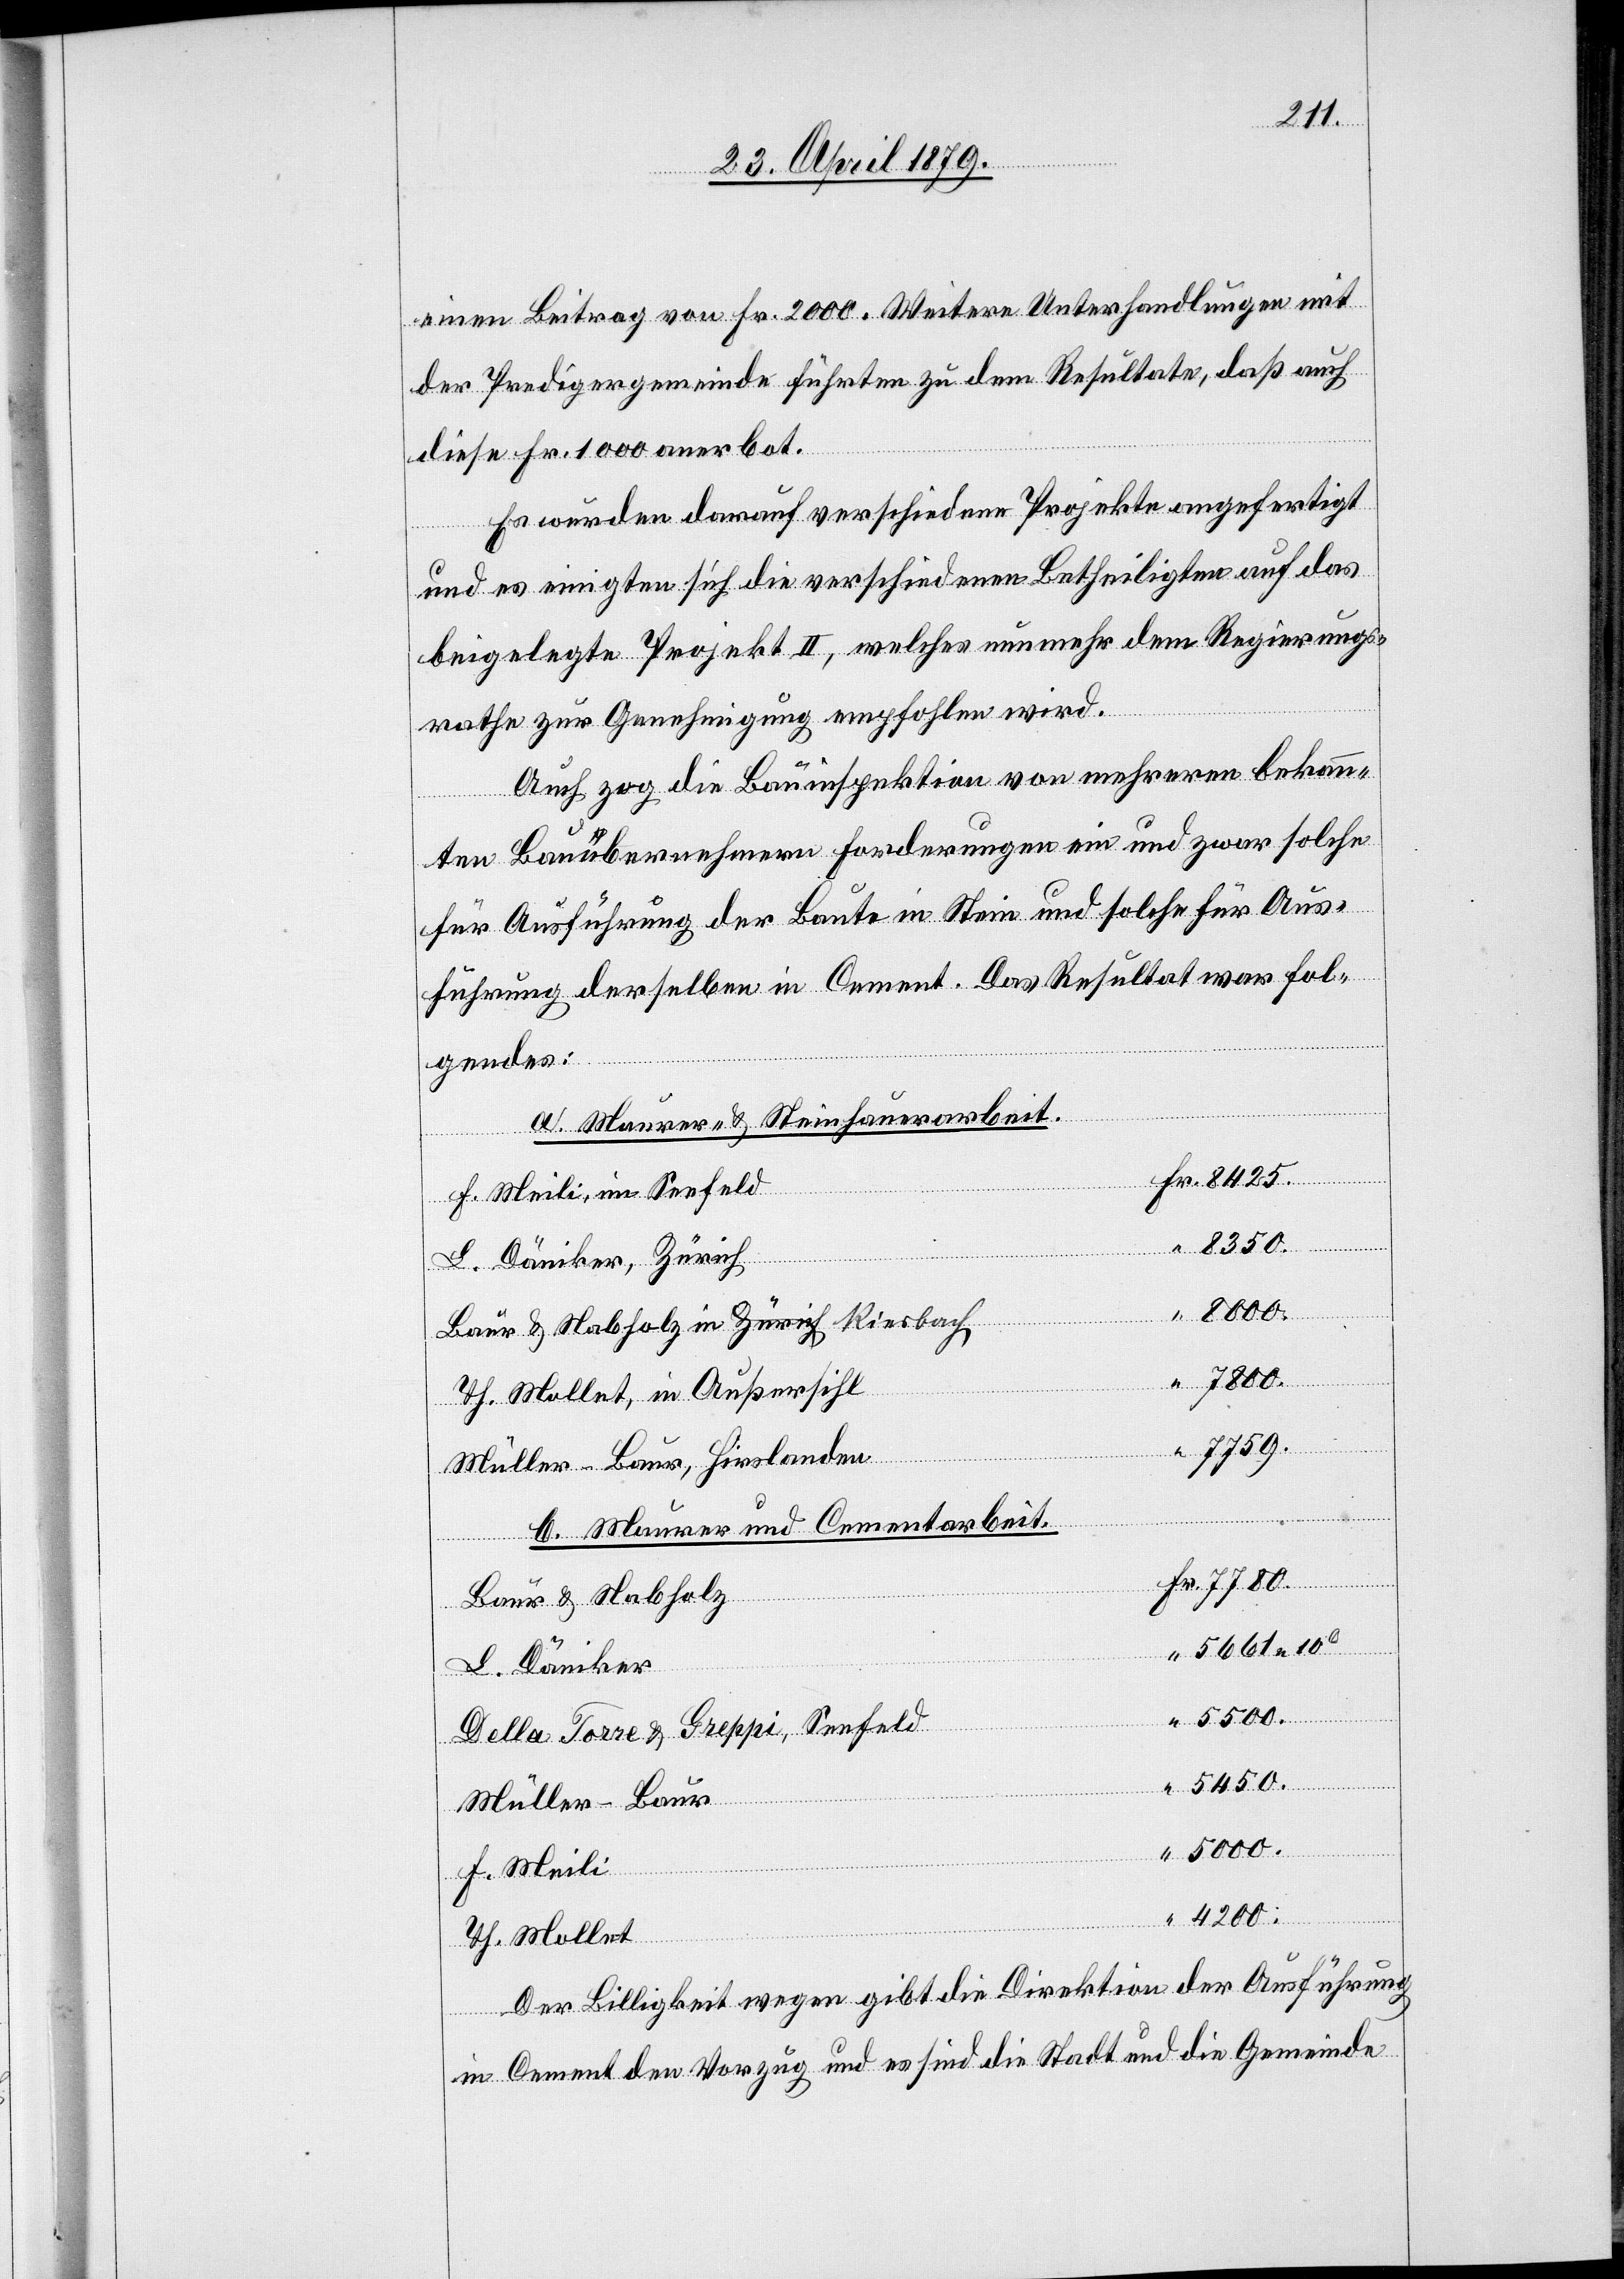
8425.
einen Beitrag von Fr. 2000. Weitere Unterhandlungen mit
der Predigergemeinde führten zu dem Resultate, daß auch
diese Fr. 1000 anerbot.
Es wurden darauf verschiedene Projekte angefertigt
und es einigten sich die verschiedenen Betheiligten auf das
beigelegte Projekt II, welches nunmehr dem Regierungs¬
rathe zur Genehmigung empfohlen wird.
Auch zog die Bauinspektion von mehreren bekann¬
ten Bauübernehmern Forderungen ein und zwar solche
für Ausführung der Baute in Stein und solche für Aus¬
führung derselben in Cement. Das Resultat war fol¬
gendes:
a. Maurer- & Steinhauerarbeit.
F. Meili, im Seefeld
8350.
L. Däniker, Zürich
5000.
Baur & Nabholz in a-Zürich-a Riesbach
7800.
Th. Mollet, in Außersihl
Müller-Baur, Hirslanden
b. Maurer und Cementarbeit.
Fr.
7780.
Baur & Nabholz
5661 10c
L. Däniker
5500.
Della Torre & Greppi, Seefeld
5450.
Müller-Baur
F. Meili
“
4200.
Th. Mollet
Der Billigkeit wegen gibt die Direktion der Ausführung
“
in Cement den Vorzug und es sind die Stadt und die Gemeinde